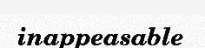
inappeasable